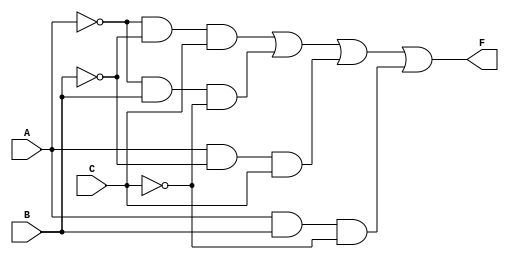
module combinational_logic_block (
    input wire A,  // Input A
    input wire B,  // Input B
    input wire C,  // Input C
    output wire F  // Output F
);

// Essential Prime Implicants derived from the function F(A, B, C) = (1, 2, 5, 6)
// EPI1: A'B'C   (covers minterm 1)
// EPI2: A'BC'   (covers minterm 2)
// EPI3: AB'C    (covers minterm 5)
// EPI4: ABC'    (covers minterm 6)

// The output F can be represented as:
// F = A'B'C + A'BC' + AB'C + ABC'

assign F = ( ~A & ~B & C ) | ( ~A & B & ~C ) | ( A & ~B & C ) | ( A & B & ~C );

endmodule